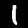
Digit: 1